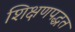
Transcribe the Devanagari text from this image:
शिक्षणपद्धत